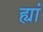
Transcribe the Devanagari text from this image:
ह्यां